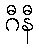
ဂီနီ